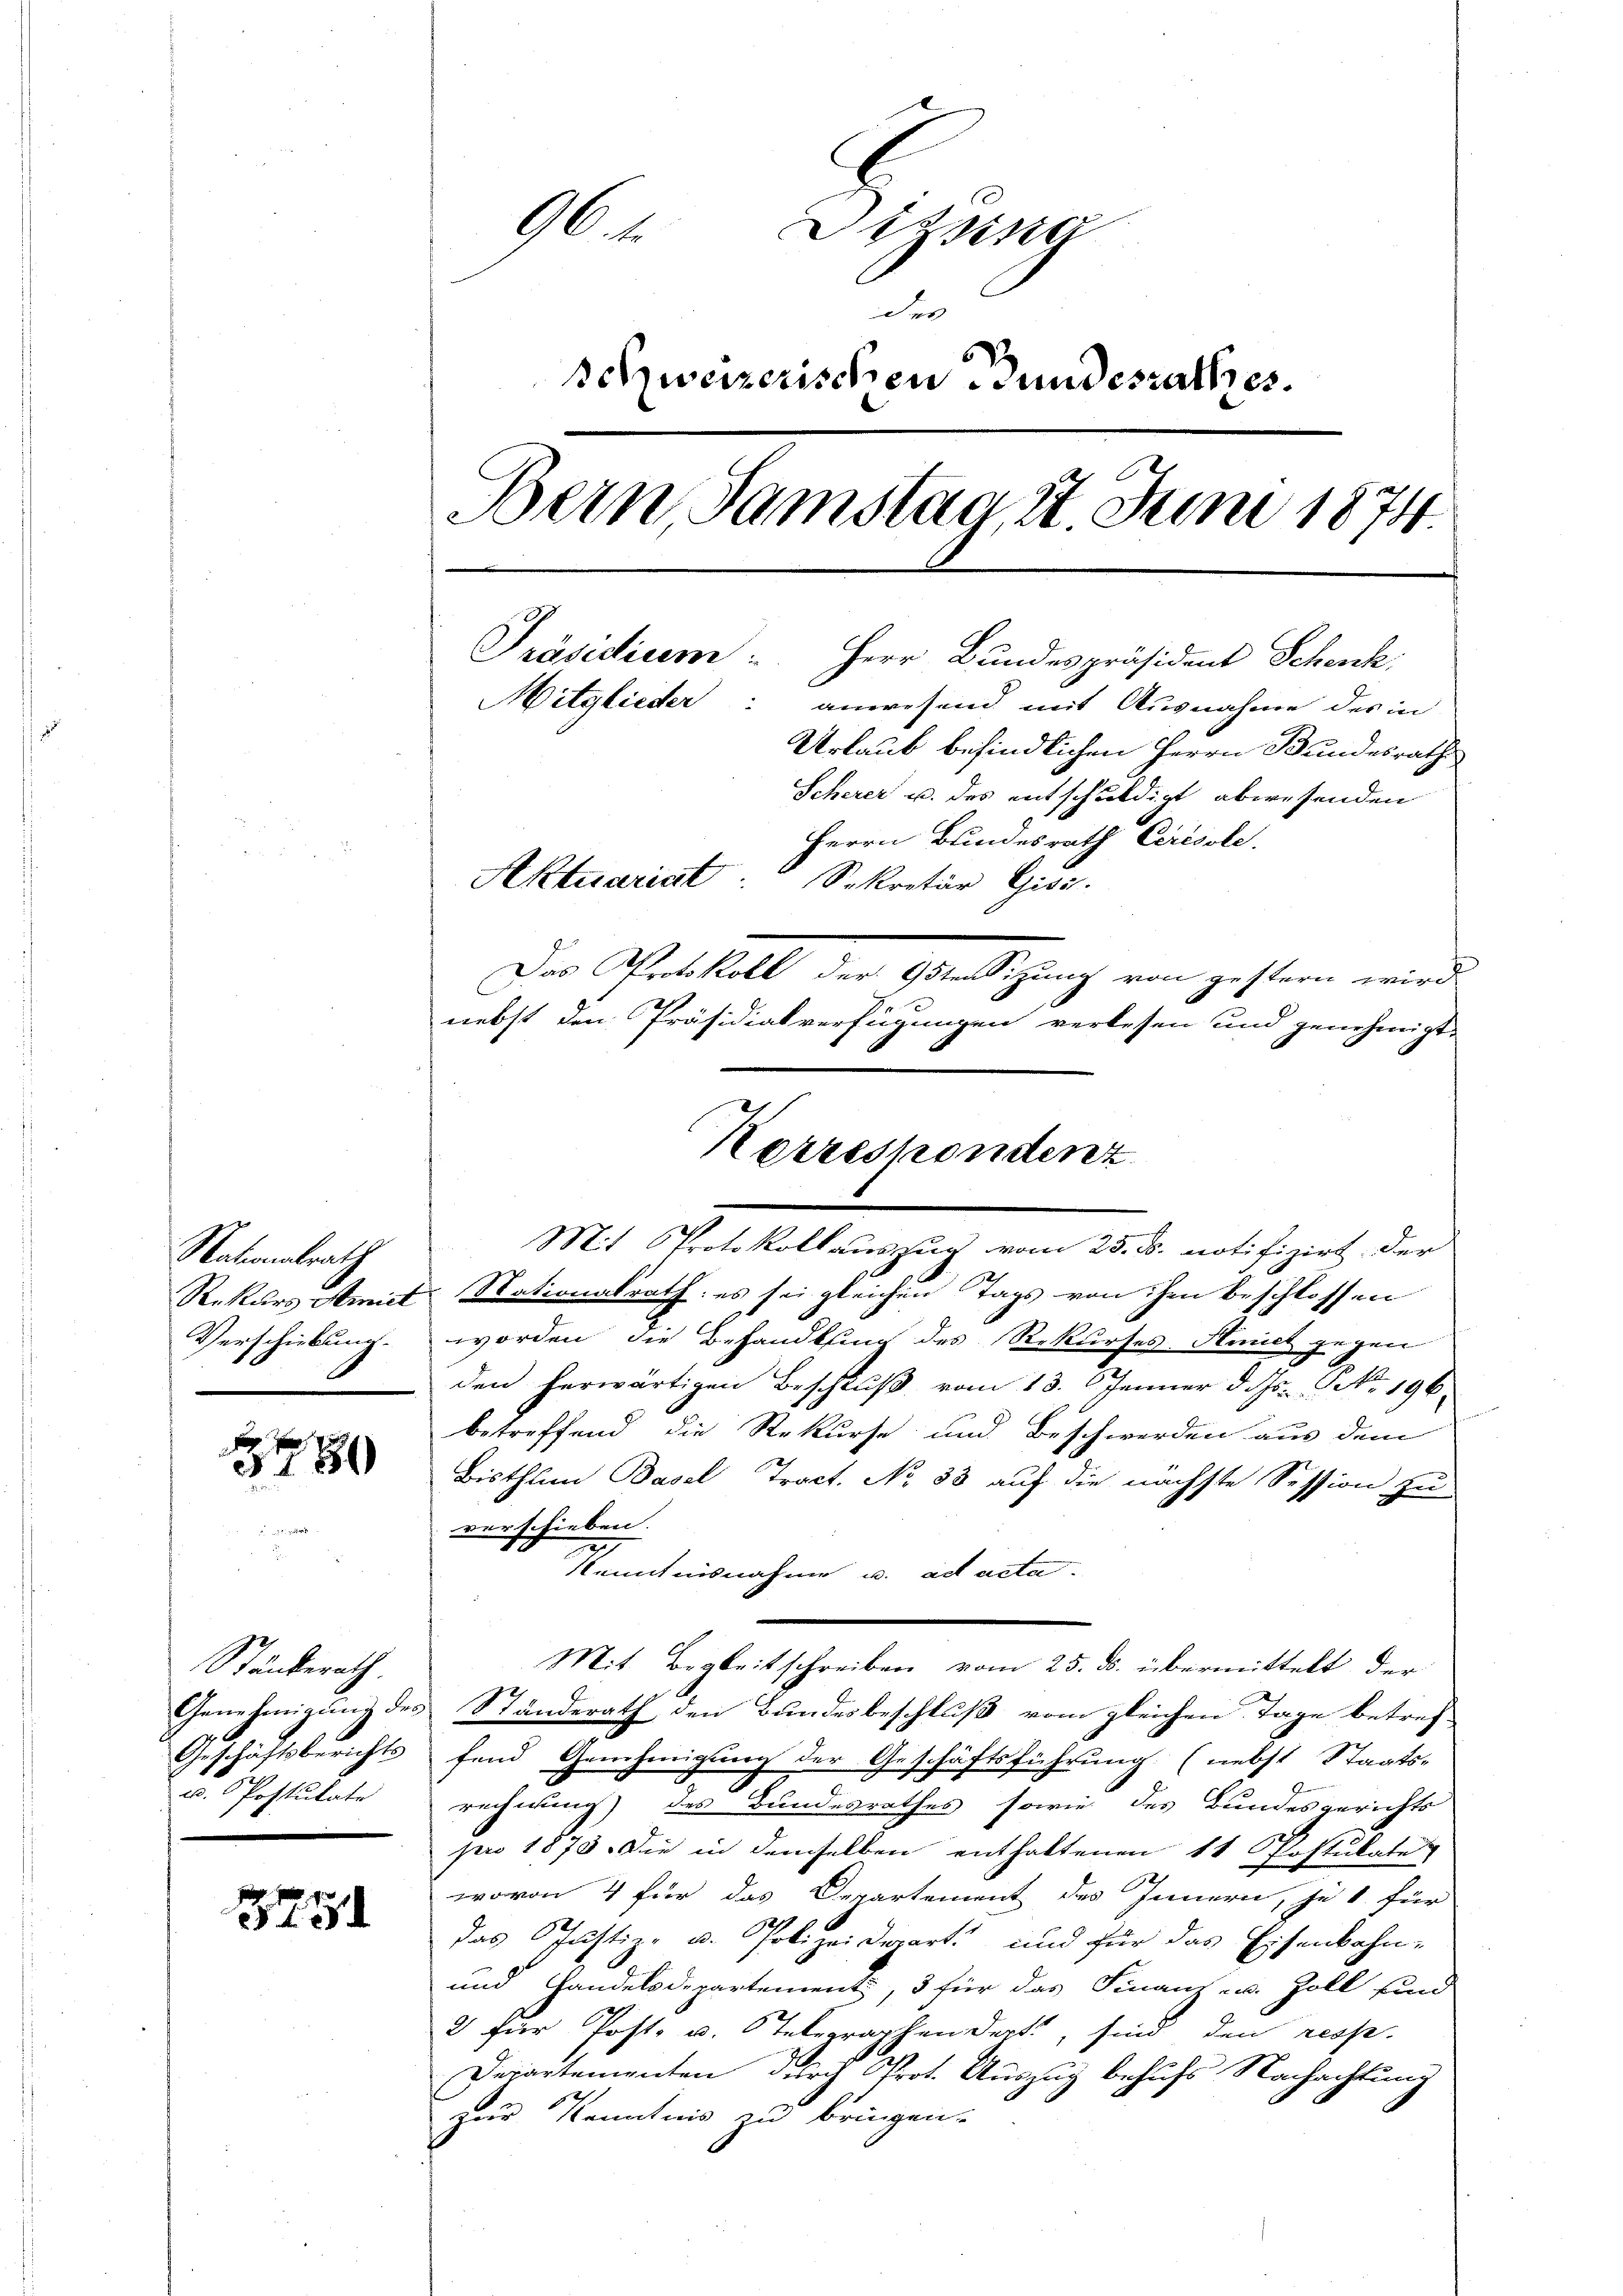
Nationalrath
Rekurs Amiet
Verschiebung.

278

Ständerath
Genehmigung des
Geschäftsberichts
. Postulate

375

96. f.
Dizsise
der
Schweizerischen Gundesrathes.
Dein Samstag, 20 Juni 1874
Präsidirem Herr Bundespräsident Schenk,
Mitglieder: anwesend mit Ausnahme des in
Urlaub befindlichen Herrn Bundesrath
Scherer u. des entschuldigt abwesenden
Herrn Bundesrath Cerésole.
Aktuariat Sekretär Gisi.
Das Protokoll der 95ten Sitzung von gestern wird
nebst den Präsidialverfügungen verlesen und genehmigt.

Mit Protokollauszug vom 25. d. notifizirt der
Stationalrath: es sei gleichen Tags von den beschlossen
worden, die Behandlung des Rekurses. Amich gegen
den herwärtigen Beschluß vom 13. Jenner d. Ms. No. 196.
betreffend die Rekurse und Beschwerden aus dem
Bisthum Basel Tract. No 33 auf die nächste Session zu
verschieben.
Kenntnisnahme u. ad acta.
Mit Begleitschreiben vom 25. ds. übermittelt, der
Ständerath den Bundesbeschluß vom gleichen Tage betref-
fend Genehmigung der Geschäftsführung (nebst Staats-
rechnung) des Bundesrathes sowie des Bundesgerichts
pro 1873. Die in demselben enthaltenen 11. Postulate
wovon 4 für das Departement des Innern, je 1 für
das Justiz- u. Polizeidepart und für das Eisenbahn-
und Handelsdepartement, 3 für das Finanz- u. Zoll sind
2 für Post- u. Stelegraphendept, sind den resp.
Departementen durch Prot. Auszug behufs Nachachtung
zur Kenntnis zu bringen.

Korrespondent